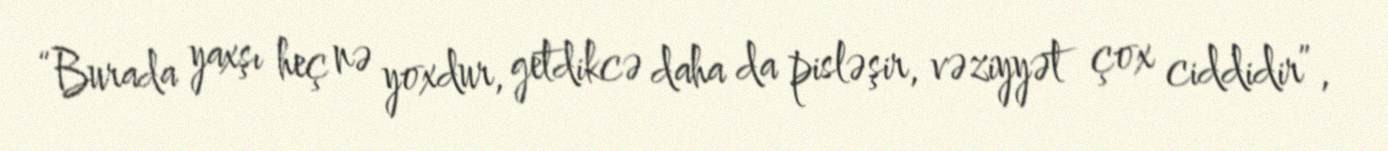
“Burada yaxşı heç nə yoxdur, getdikcə daha da pisləşir, vəziyyət çox ciddidir”,